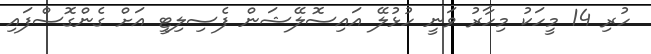
ހުރި 14 މީހަކު މިހާރު ވަނީ ހުޅުލޭ އައިސޮލޭޝަން ފެސިލިޓީ އަށް ގެންގޮސްފައި